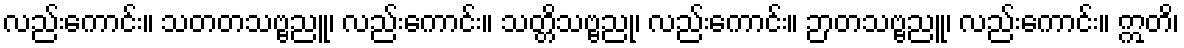
လည်းကောင်း။ သတတသဗ္ဗညူ၊ လည်းကောင်း။ သတ္တိသဗ္ဗညု၊ လည်းကောင်း။ ဉာတသဗ္ဗညူ၊ လည်းကောင်း။ ဣတိ၊